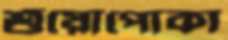
শুঁয়োপোকা